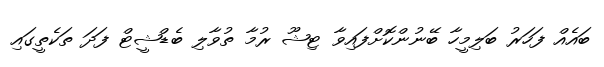
ބައެއް ފަހަރު ބަލިމީހާ ބޭނުންކޮށްފައިވާ ޓިޝޫ ރުމާ ތުވާލި ބެޑްޝީޓް ފަދަ ތަކެތީގައި